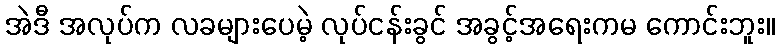
အဲဒီ အလုပ်က လခများပေမဲ့ လုပ်ငန်းခွင် အခွင့်အရေးကမ ကောင်းဘူး။